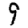
Digit: 9